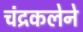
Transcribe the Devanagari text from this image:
चंद्रकलेने